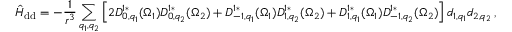
\hat { H } _ { \mathrm { d d } } = - \frac { 1 } { r ^ { 3 } } \sum _ { q _ { 1 } , q _ { 2 } } \left[ 2 D _ { 0 , q _ { 1 } } ^ { 1 * } ( \Omega _ { 1 } ) D _ { 0 , q _ { 2 } } ^ { 1 * } ( \Omega _ { 2 } ) + D _ { - 1 , q _ { 1 } } ^ { 1 * } ( \Omega _ { 1 } ) D _ { 1 , q _ { 2 } } ^ { 1 * } ( \Omega _ { 2 } ) + D _ { 1 , q _ { 1 } } ^ { 1 * } ( \Omega _ { 1 } ) D _ { - 1 , q _ { 2 } } ^ { 1 * } ( \Omega _ { 2 } ) \right] d _ { 1 , q _ { 1 } } d _ { 2 , q _ { 2 } } \, ,